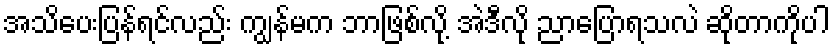
အသိပေးပြန်ရင်လည်း ကျွန်မက ဘာဖြစ်လို့ အဲဒီလို ညာပြောရသလဲ ဆိုတာကိုပါ